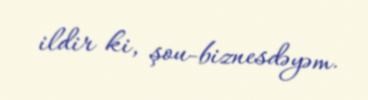
ildir ki, şou-biznesdəyəm.